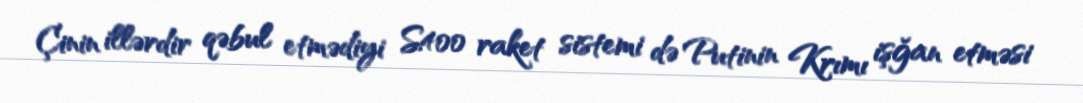
Çinin illərdir qəbul etmədiyi S400 raket sistemi də Putinin Krımı işğan etməsi